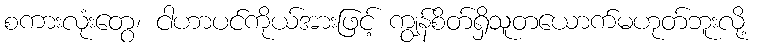
စကားလုံးတွေ၊ ငါဟာပင်ကိုယ်အားဖြင့် ကျွန်စိတ်ရှိသူတယောက်မဟုတ်ဘူးလို့